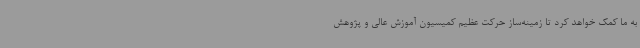
به ما کمک خواهد کرد تا زمینه‌ساز حرکت عظیم کمیسیون آموزش عالی و پژوهش